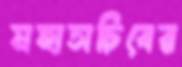
মহাসচিবের